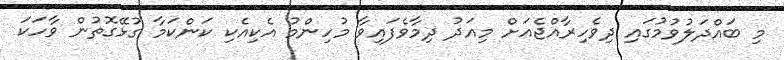
މި ބައްދަލުވުމުގައި ދިވެހިރާއްޖެއަށް މިއަދު ދިމާވެފައިވާ މުހިންމު އެކިއެކި ކަންކަމާ ގުޅޭގޮތުން ވާހަކަ